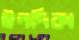
ইনদিকা